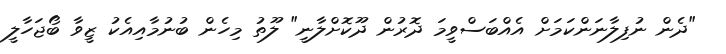
"ދެން ނުފިލާނަންކަމަށް އެއްބަސްވީމަ ދޮރުން ދޫކޮށްލާނީ" ލޫތު މިހެން ބުނުމާއިއެކު ޒީވާ ބޯޖަހާލީ